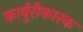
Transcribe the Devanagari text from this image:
कार्बुरीकारक